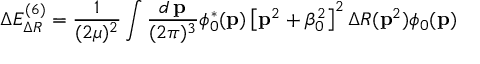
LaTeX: \Delta E _ { \Delta R } ^ { ( 6 ) } = \frac 1 { ( 2 \mu ) ^ { 2 } } \int \frac { d \, { \bf p } } { ( 2 \pi ) ^ { 3 } } \phi _ { 0 } ^ { * } ( { \bf p } ) \left[ { \bf p } ^ { 2 } + \beta _ { 0 } ^ { 2 } \right] ^ { 2 } \Delta R ( { \bf p } ^ { 2 } ) \phi _ { 0 } ( { \bf p } )